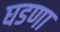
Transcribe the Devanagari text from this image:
घडणा